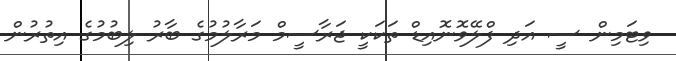
ވިޓަމިން ސީ އަދި ފްލޭވޮނޮއިޑް ތަކަކީ ޖަރާސީމް މަރާލުމުގެ ބާރު ލިބުމުގެ އިތުރުން